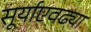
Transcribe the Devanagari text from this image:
सूर्याएवढ्या